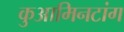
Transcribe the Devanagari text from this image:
कुआमिनटांग